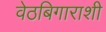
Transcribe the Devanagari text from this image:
वेठबिगाराशी